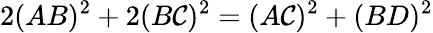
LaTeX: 2(AB)^{2}+2(B\mathcal{C})^{2}=(A\mathcal{C})^{2}+(BD)^{2}